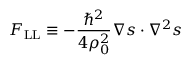
\boldsymbol { F } _ { \mathrm { L L } } \equiv - \frac { \hbar ^ { 2 } } { 4 \rho _ { 0 } ^ { 2 } } \boldsymbol { \nabla } \boldsymbol { s } \cdot \nabla ^ { 2 } \boldsymbol { s }